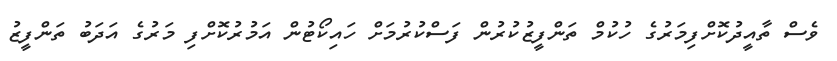
ވެސް ތާއީދުކޮށްފިމަރުގެ ހުކުމް ތަންފީޒުކުރުން ފަސްކުރުމަށް ހައިކޯޓުން އަމުރުކޮށްފި މަރުގެ އަދަބު ތަންފީޒު